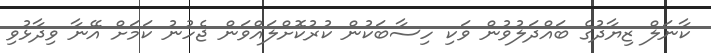
ކާނަލް ޒިޔާދުގެ ބައްދަލުވުން ވަކި ހިސާބަކުން ކުރުކޮށްލައްވަން ޖެހުނު ކަމަށް އޭނާ ވިދާޅުވި